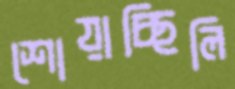
শোয়াচ্ছিলি